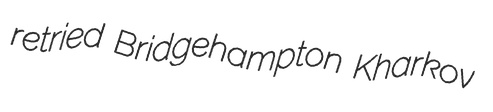
retried Bridgehampton Kharkov